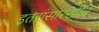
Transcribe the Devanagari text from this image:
इतरांसारखीच